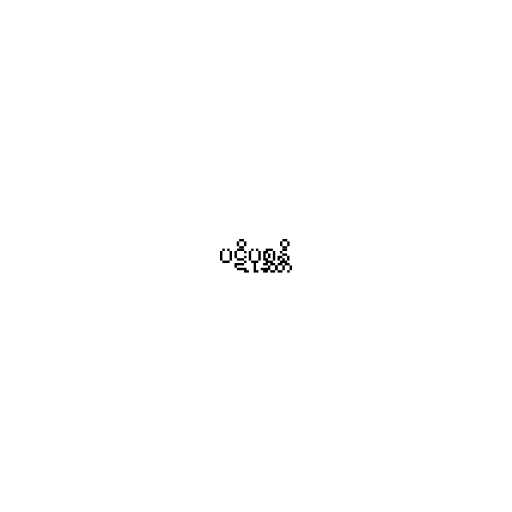
ပဋိပုစ္ဆန္တိ